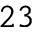
2 3